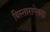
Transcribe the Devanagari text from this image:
विस्ताराऐवढा